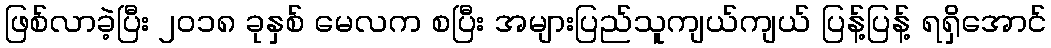
ဖြစ်လာခဲ့ပြီး ၂၀၁၈ ခုနှစ် မေလက စပြီး အများပြည်သူကျယ်ကျယ် ပြန့်ပြန့် ရရှိအောင်